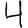
Digit: 4